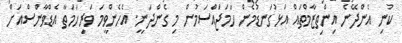
ކުނި އެންދޭނެ އިންތިޒާމްތައް އަޅުގަނޑުމެން ހަމަޖައްސަމުން މި ގެންދަނީ. އެހެންވީމަ ވަރިހަމަތާ އެޑްވާންސްއަށް